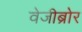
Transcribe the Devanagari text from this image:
वेजीब्रोर